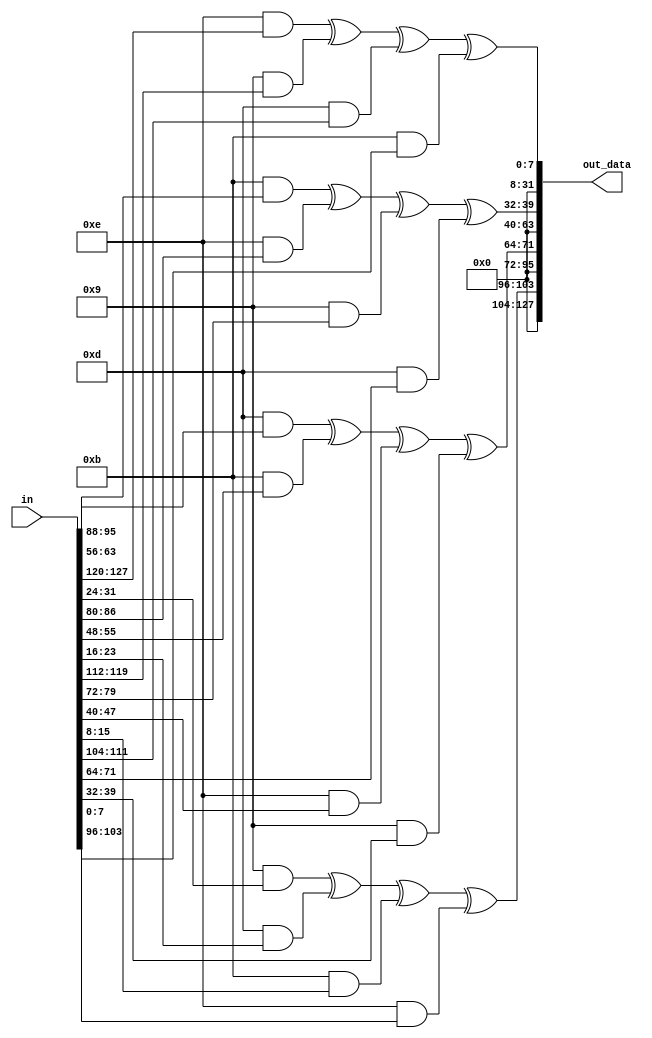

  module invmixcolumn (
  input [127:0] in,
  output reg [127:0] out_data
);
  
  // Define the inverse MixColumns matrix
    wire [7:0] inv_mix_column [3:0][3:0];
    assign inv_mix_column[0][0] = 8'h0e;
    assign inv_mix_column[0][1] = 8'h0b;
    assign inv_mix_column[0][2] = 8'h0d;
    assign inv_mix_column[0][3] = 8'h09;
     
    assign inv_mix_column[1][0] = 8'h09;
    assign inv_mix_column[1][1] = 8'h0e;
    assign inv_mix_column[1][2] = 8'h0b;
    assign inv_mix_column[1][3] = 8'h0d;
     
    assign inv_mix_column[2][0] = 8'h0d;
    assign inv_mix_column[2][1] = 8'h09;
    assign inv_mix_column[2][2] = 8'h0e;
    assign inv_mix_column[2][3] = 8'h0b;
     
    assign inv_mix_column[3][0] = 8'h0b;
    assign inv_mix_column[3][1] = 8'h0d;
    assign inv_mix_column[3][2] = 8'h09;
    assign inv_mix_column[3][3] = 8'h0e;
    
    wire [7:0] in_data [3:0] [3:0];
    assign    in_data[0][0] = in[127:120];
    assign    in_data[0][1] = in[119:112];
    assign    in_data[0][2] = in[111:104];
    assign    in_data[0][3] = in[103:96];
    
    assign    in_data[1][0] = in[95:88];
    assign    in_data[1][1] = in[86:80];
    assign    in_data[1][2] = in[79:72];
    assign    in_data[1][3] = in[71:64];
    
    assign    in_data[2][0] = in[63:56];
    assign    in_data[2][1] = in[55:48];
    assign    in_data[2][2] = in[47:40];
    assign    in_data[2][3] = in[39:32];
    
    assign    in_data[3][0] = in[31:24];
    assign    in_data[3][1] = in[23:16];
    assign    in_data[3][2] = in[15:8];
    assign    in_data[3][3] = in[7:0];

 
  // Perform the inverse MixColumns operation
  genvar i;
  generate
    for (i = 0; i < 4; i = i + 1) begin
      always @* begin
        out_data[i*32+31:i*32] = 
          (inv_mix_column[0][i] & in_data[i][0]) ^
          (inv_mix_column[1][i] & in_data[i][1])  ^
          (inv_mix_column[2][i] & in_data[i][2])  ^
          (inv_mix_column[3][i] & in_data[i][3]);
      end
    end
  endgenerate
    
endmodule